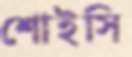
শোইসি